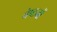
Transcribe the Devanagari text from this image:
वेष्टनों